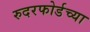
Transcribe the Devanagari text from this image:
रुदरफोर्डच्या